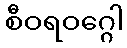
စီဝရဝဂ္ဂေါ